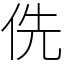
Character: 侁